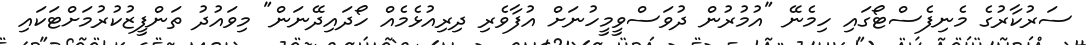
ސަރުކާރުގެ މެނިފެސްޓޯގައި ހިމެނޭ "އުމުރުން ދުވަސްވީމީހުނަށް އުފާވެރި ދިރިއުޅެމެއް ހޯދައިދޭނަން" މިވައުދު ތަންފީޒުކުރުމަށްޓަކައި